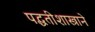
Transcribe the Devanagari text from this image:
पद्धतीशास्त्राने